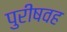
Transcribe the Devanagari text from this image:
पुरीषवह